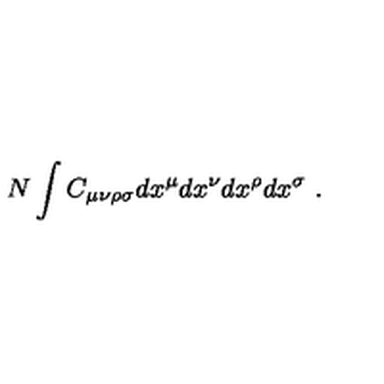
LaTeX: N \int C _ { \mu \nu \rho \sigma } d x ^ { \mu } d x ^ { \nu } d x ^ { \rho } d x ^ { \sigma } \ .